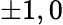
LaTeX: \pm 1,0